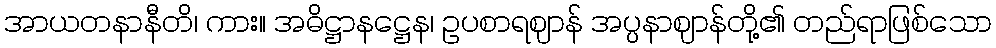
အာယတနာနီတိ၊ ကား။ အဓိဋ္ဌာနဋ္ဌေန၊ ဥပစာရဈာန် အပ္ပနာဈာန်တို့၏ တည်ရာဖြစ်သော